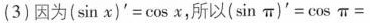
(3)因为$$(\sin x)^{\prime} = \cos x$$，所以$$(\sin \pi )^{\prime} = \cos \pi =